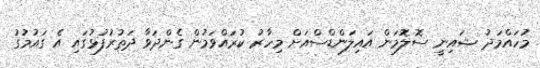
މުހައްމަދު ޝައިނީ ސޮލޮމަން އައިލަންޑްސްއަށް މިހާރު ކުރައްވަމުން ގެންދަވާ ދަތުރުފުޅުގައި އެ ގައުމުގު